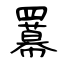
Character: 羃